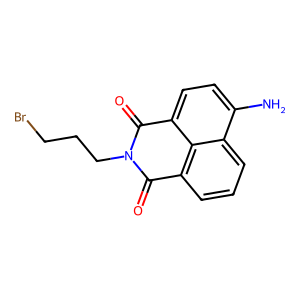
SMILES: Nc1ccc2c3c(cccc13)C(=O)N(CCCBr)C2=O
Inhibits HIV replication: No